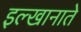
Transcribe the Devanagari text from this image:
इल्खानाते